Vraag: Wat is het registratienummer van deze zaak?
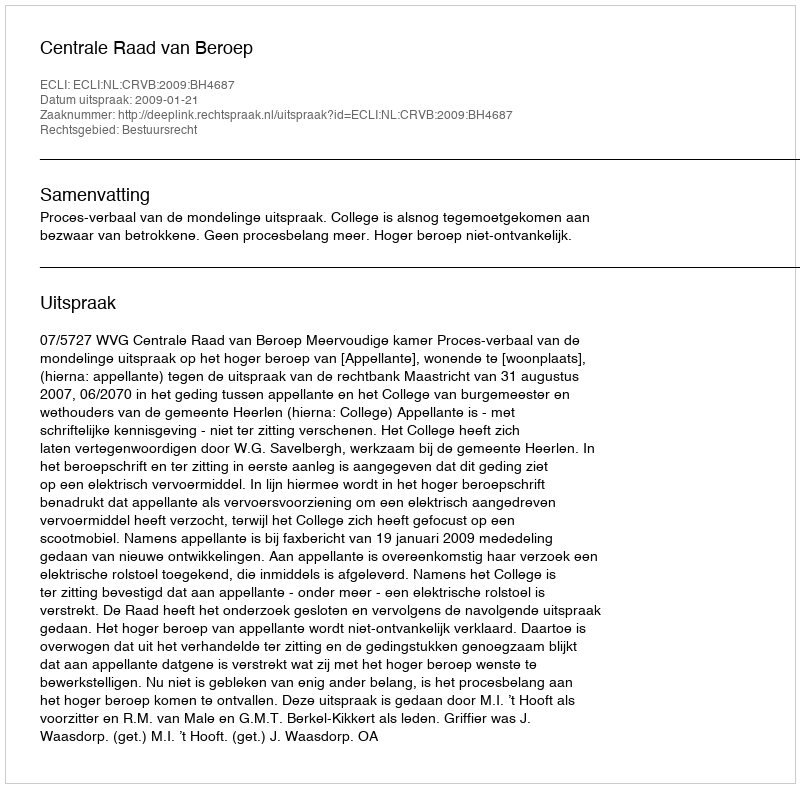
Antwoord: http://deeplink.rechtspraak.nl/uitspraak?id=ECLI:NL:CRVB:2009:BH4687